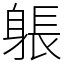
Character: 躼